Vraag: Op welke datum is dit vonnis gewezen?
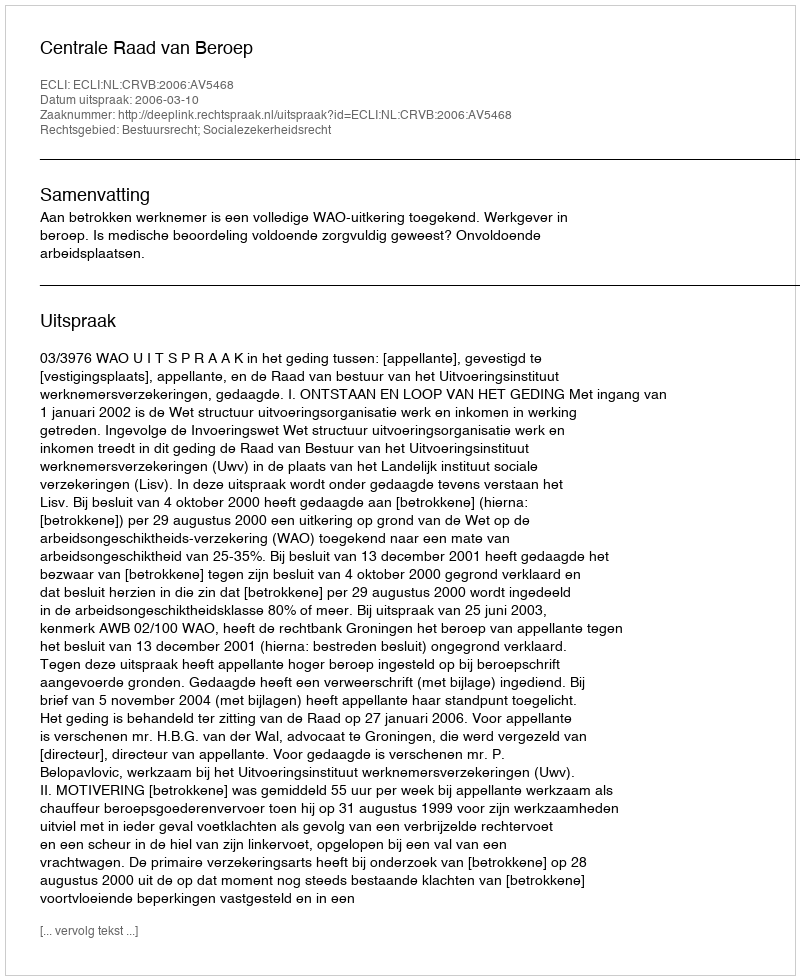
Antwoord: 2006-03-10